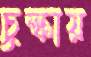
চুল্‌কায়